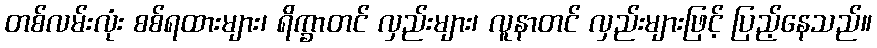
တစ်လမ်းလုံး စစ်ရထားများ၊ ရိက္ခာတင် လှည်းများ၊ လူနာတင် လှည်းများဖြင့် ပြည့်နေသည်။